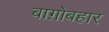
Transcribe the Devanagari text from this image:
बाग़ोबहार